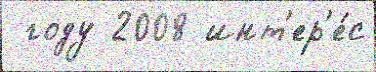
 году 2008 инт'ер'е́с